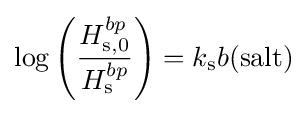
\log \left({\frac {H_{\rm {s,0}}^{bp}}{H_{\rm {s}}^{bp}}}\right)=k_{\rm {s}}b({\text{salt}})